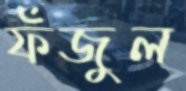
ফঁজুল